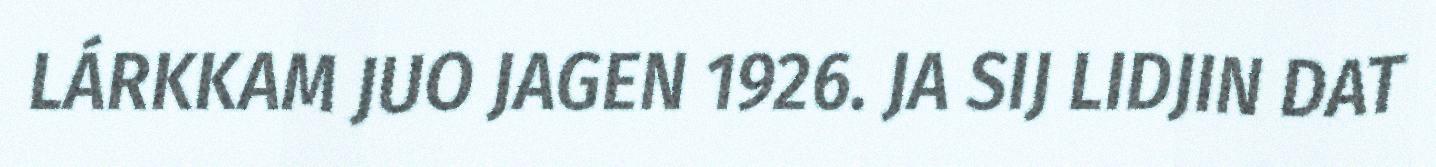
LÁRKKAM JUO JAGEN 1926. JA SIJ LIDJIN DAT